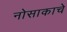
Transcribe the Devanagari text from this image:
नोसाकाचे